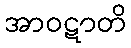
အာဝဋာတိ